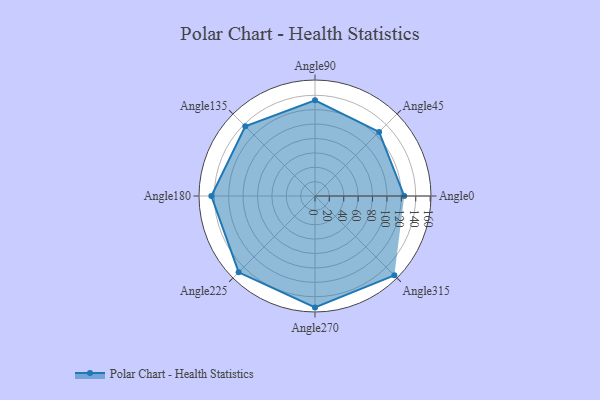
{"axis": {"x": "Angle", "y": "Radius"}, "legend": [""], "data": [{"x": "Angle0", "y": 124.0, "type": ""}, {"x": "Angle45", "y": 126.0, "type": ""}, {"x": "Angle90", "y": 133.0, "type": ""}, {"x": "Angle135", "y": 137.0, "type": ""}, {"x": "Angle180", "y": 144.0, "type": ""}, {"x": "Angle225", "y": 150.0, "type": ""}, {"x": "Angle270", "y": 155.0, "type": ""}, {"x": "Angle315", "y": 156.0, "type": ""}]}